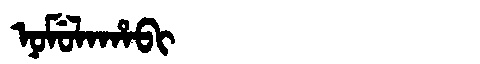
Manchu: ᠨᠣᠮᡠᠯᠠᡥᠠᠪᡳ
Romanization: NOMULAHABI